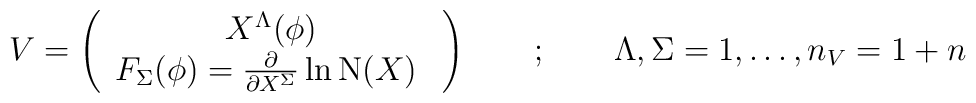
V = \left( \begin{array}{c}    X^\Lambda(\phi) \\    F_\Sigma(\phi)=\frac{\partial }{\partial X^\Sigma} \ln \mathrm{N}(X)  \  \end{array}\right) \quad \quad ; \quad \quad  \Lambda,\Sigma=1,\dots,n_V = 1+n